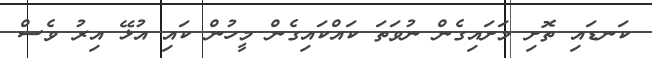
ކަނޑައި ތޮށި މަށައިގެން ނުވަތަ ކައްކައިގެން މީހުން ކައި އުޅޭ އިރު ވެސް